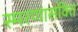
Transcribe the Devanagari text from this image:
स्मरणासक्ति